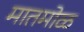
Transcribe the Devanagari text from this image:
मातमोळ